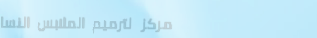
مركز لترميم الملابس النسا